Annual statistical returns and brief notes on vaccination in Bengal - 1896-1909
Year: 1896
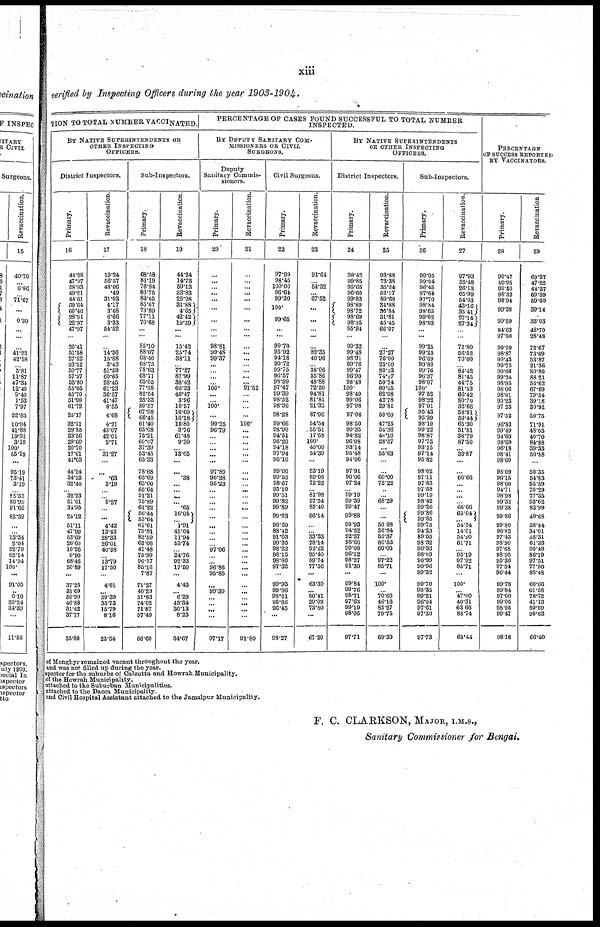
xiii
verified by Inspecting Officers during the year 1903-1904.
TION TO TOTAL NUMBER VACCINATED.
BY NATIVE SUPERINTENDENTS OR
OTHER INSPECTING
OFFICERS.
District Inspectors.
Primary.
16
44.28
47.97
58.93
49.21
44.61
39.64
60.46
28.91
22.97
47.97
...
20.41
51.58
27.52
33.52
50.77
57.57
55.80
55.05
45.70
51.98
61.72
25.17
32.11
29.85
33.56
29.60
20.70
17.61
41.03
44.24
34.23
32.40
... 32.23
51.01
31.95
24.12
51.11
47.99
53.69
26.60
10.26
0.90
68.46
50.89
...
37.25
31.69
50.99
46.88
51.42
37.77
35.80
Revaccination.
17
19.24
56.57
48.06
.49
31.03
4.17
3.68
6.66
3.33
54.52
...
...
14.36
15.88
3.42
51.59
60.65
28.45
61.23
36.57
41.47
8.55
4.68
4.21
43.07
42.01
2.71
... 31.27
...
...
.63
3.19
...
...
9.27
...
...
4.42
13.43
28.33
26.01
40.98
... 13.79
17.50
...
4.01
... 39.39
33.73
15.79
8.16
23.54
Sub-Inspectors.
Primary.
18
68.58
81.19
76.84
86.75
83.65
85.67
73.89
77.11
70.68
...
...
85.10
88.07
68.40
68.75
78.63
68.71
65.05
77.38
82.54
28.33
80.57
67.98
66.45
61.40
65.08
75.21
60.07
37.39
53.45
65.33
78.68
65.69
65.00
65.64
51.21
75.89
61.22
56.44
53.64
61.61
79.81
83.59
63.06
41.48
75.99
96.17
85.16
7.87
71.27
40.23
61.83
74.02
71.87
67.49
66.60
Revaccination.
19
44.24
34.73
59.13
33.83
25.98
31.88
4.65
42.42
19.39
...
...
15.42
25.74
38.11
... 77.27
87.99
38.42
66.33
46.47
3.96
10.57
16.60
16.18
15.80
3.76
61.48
9.30
... 13.65
...
...
.38
...
...
...
...
.66
16.04
... 1.91
45.64
11.94
53.74
... 24.76
92.33
17.50
...
4.43
... 6.29
45.34
30.13
8.23
34.67
PERCENTAGE OF CASES FOUND SUCCESSFUL TO TOTAL NUMBER
INSPECTED.
BY DEPUTY SANITARY COM-
MISSIONERS OR CIVIL
SURGEONS.
Deputy
Sanitary Commis-
sioners.
Primary.
20
...
...
... ...
...
...
...
... ...
...
...
98.81
99.48
99.37
...
... ...
... 100.
...
...
100.
...
99.35
96.79
...
...
...
... ...
97.89
96.38
95.23
...
...
...
... ...
...
...
...
... 97.06
...
... 96.86
95.85
...
99.30
...
...
... ...
97.17
Revaccination.
21
...
...
...
...
...
... ...
... ...
... ...
...
...
...
...
... ...
... 91.52
... ...
... ...
100.
...
...
... ...
...
...
...
...
...
...
...
... ...
...
...
...
...
...
...
... ...
...
...
...
...
...
...
... ...
91.80
Civil Surgeons.
Primary.
22
97.99
98.45
100.00
96.64
99.30
100.
99.65
...
...
99.70
95.92
94.18
99.72
99.75
96.57
98.99
97.47
99.39
98.52
98.36
98.28
99.66
98.90
94.51
96.20
94.18
97.94
96.10
99.00
99.55
98.67
95.10
99.51
99.82
99.89
99.23
99.60
88.42
91.03
99.35
98.22
98.15
98.80
97.32
...
99.93
99.86
98.01
95.86
96.45
...
98.27
Revaccination.
23
91.64
... 54.32
... 67.52
...
...
... ...
...
82.35
40.96
... 38.06
55.86
48.88
72.50
94.81
81.81
21.33
87.96
54.54
55.51
17.58
100.
40.00
54.39
...
53.19
89.08
72.22
... 81.98
57.54
85.40
56.14
...
... 33.33
78.14
92.22
95.40
89.74
77.50
...
63.39
... 80.41
29.02
73.80
...
67.20
BY NATIVE SUPERINTENDENTS
OR OTHER INSPECTING
OFFICERS.
District Inspectors.
Primary.
24
98.42
99.85
95.65
96.60
99.83
98.89
98.72
98.69
98.35
85.94
...
99.32
99.48
98.91
99.76
99.47
96.90
98.48
100.
98.49
99.06
97.98
97.06
98.50
99.35
94.82
96.08
93.14
95.48
94.06
97.91
96.06
97.24
... 99.19
99.39
99.47
99.88
99.93
94.62
92.37
98.60
99.08
96.52
98.27
91.30
...
99.84
99.76
98.71
97.63
99.19
98.06
97.71
Revaccination.
25
93.88
73.38
35.24
52.17
89.68
34.88
36.84
31.81
45.45
66.07
...
...
27.27
76.00
25.00
80.23
74.97
50.74
80.05
82.98
42.78
29.81
50.00
47.25
54.36
40.10
28.57
...
55.63
...
...
60.00
72.22
...
...
68.29
... ...
50.98
26.84
55.37
80.53
60.00
... 97.22
85.71
...
100.
... 70.60
46.16
85.27
79.75
69.30
Sub-Inspectors.
Primary.
26
99.05
99.04
96.45
97.64
97.70
98.84
98.65
99.02
98.93
...
...
99.25
99.25
96.09
99.80
99.76
96.37
98.07
100.
97.52
98.22
97.01
95.43
95.39
98.10
99.22
98.87
97.73
93.15
97.14
95.82
98.02
97.11
97.83
97.58
99.19
98.42
99.26
99.86
99.85
99.75
94.23
89.55
98.32
96.33
98.03
96.99
90.96
99.32
99.70
98.35
99.21
96.94
97.61
97.30
97.73
Revaccination.
27
97.93
35.48
26.13
65.99
54.03
43.16
35.41
27.14
27.34
...
...
72.80
56.52
70.00
... 84.42
81.45
44.75
81.53
66.42
80.70
32.66
58.91
69.44
65.30
31.81
38.79
87.50
... 33.87
...
...
66.66
...
...
...
... 66.66
65.04
...
54.54
14.01
54.90
61.71
... 95.19
97.92
85.71
...
100.
... 47.00
40.31
63.66
88.74
65.44
PERCENTAGE
OF SUCCESS REPORTED
BY VACCINATORS.
Primary.
28
99.47
99.95
99.50
98.32
98.94
99.38
99.59
84.63
97.50
99.59
98.87
99.43
99.75
99.66
99.24
98.95
98.06
98.01
99.23
97.23
97.52
96.83
99.49
94.60
98.69
96.18
98.41
98.60
98.09
96.15
98.60
94.71
98.98
99.32
99.38
99.86
99.80
96.82
97.43
98.90
97.68
98.95
95.36
97.54
96.44
99.78
99.84
97.00
99.05
98.95
99.47
98.18
Revaccination
29
69.37
47.22
41.37
59.39
59.60
39.14
33.03
48.70
28.48
72.67
73.69
53.87
21.36
80.80
88.21
55.62
67.69
79.54
39.18
30.92
50.75
71.91
48.03
40.70
84.88
39.33
50.88
...
50.35
54.83
55.59
70.29
77.35
53.62
83.99
49.68
58.44
34.01
58.31
61.33
90.49
86.19
97.51
77.50
88.48
66.66
61.58
78.72
41.13
59.59
90.63
66.40
of Monghyr remained vacant throughout the year.
and was not filled up during the year.
spector for the suburbs of Calcutta and Howrah Municipality.
of the Howrah Municipality.
attached to the Suburban Municipalities.
attached to the Dacca Municipality.
and Civil Hospital Assistant attached to the Jamalpur Municipality.
F. C. CLARKSON, MAJOR, I.M.S.,
Sanitary Commissioner for Bengal.